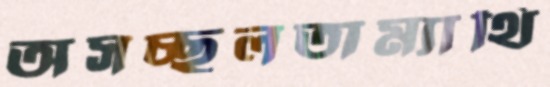
অসচ্ছলতাম্যাথি